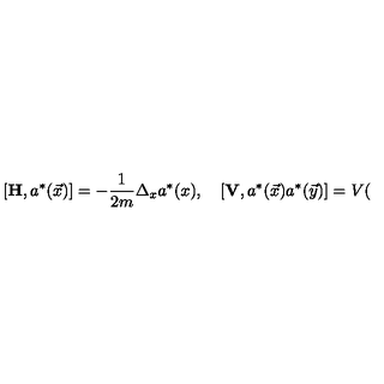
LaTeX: \left[ \mathbf { H } , a ^ { * } ( \vec { x } ) \right] = - \frac { 1 } { 2 m } \Delta _ { x } a ^ { * } ( x ) , \quad \left[ \mathbf { V } , a ^ { * } ( \vec { x } ) a ^ { * } ( \vec { y } ) \right] = V (